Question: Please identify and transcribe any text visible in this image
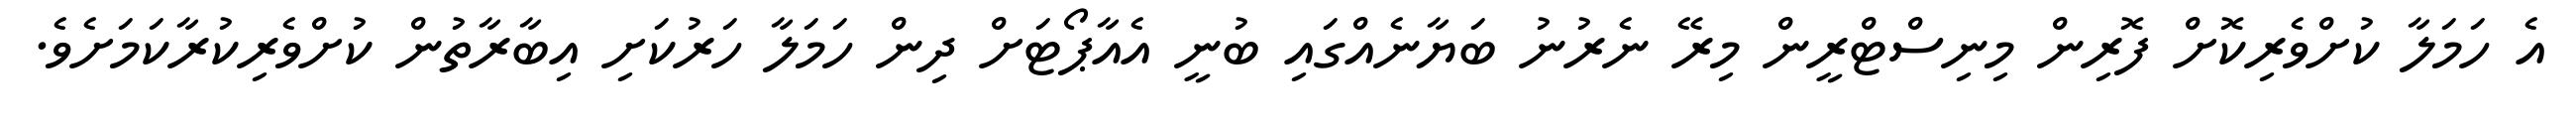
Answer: އެ ހަމަލާ ކުށްވެރިކޮށް ފޮރިން މިނިސްޓްރީން މިރޭ ނެރުނު ބަޔާނެއްގައި ބުނީ އެއާޕޯޓަށް ދިން ހަމަލާ ހަރުކަށި އިބާރާތުން ކުށްވެރިކުރާކަމަށެވެ.